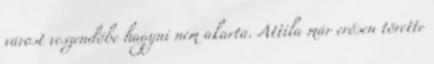
várost veszendőbe hagyni nem akarta. Attila már erősen törette